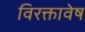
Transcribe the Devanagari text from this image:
विरक्तावेष